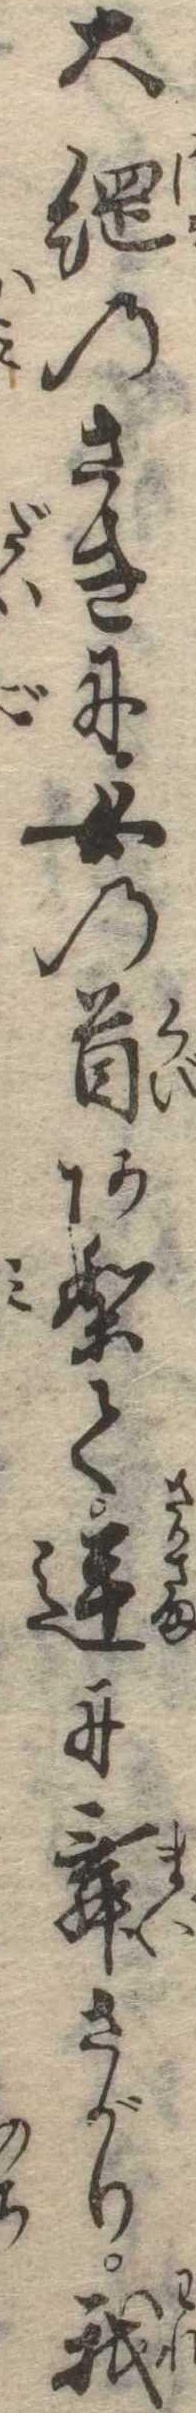
大綱のさきに女の首ありて逆に舞さがり我